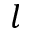
l